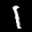
Label: 1